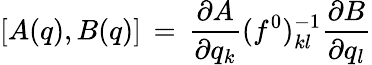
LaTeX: \lbrack A(q),B(q)\rbrack\, =\, {\frac{\partial A}{\partial q_{k}}}(f^{0})_{kl}^{-1}{\frac{\partial B}{\partial q_{l}}}